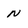
Character: n